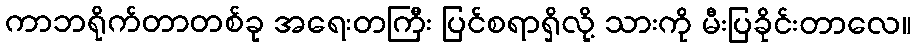
ကာဘရိုက်တာတစ်ခု အရေးတကြီး ပြင်စရာရှိလို့ သားကို မီးပြခိုင်းတာလေ။